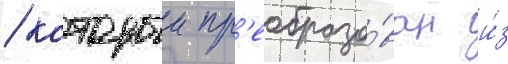
/ которыи пр'еобразо́ван и́з